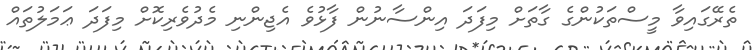
ތެރޭގައިވާ މީސްތަކުންގެ ގާތަށް މިފަދަ އިންސާނުން ފާޅުވެ އެޖިންނި މެދުވެރިކޮށް މިފަދަ ޢަމަލުތައް